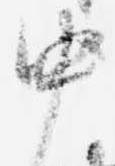
中